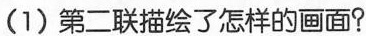
（1）第二联描绘了怎样的画面？